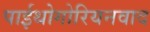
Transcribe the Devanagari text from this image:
पाईथोगोरियनवाद